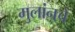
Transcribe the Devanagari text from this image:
मुलांनचे